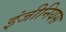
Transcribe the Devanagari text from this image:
इंजीनियस